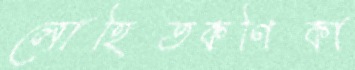
লোহিতকণিকা